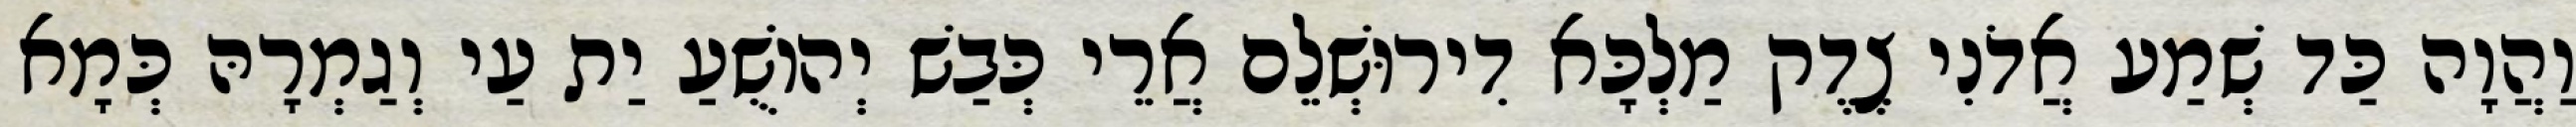
וַהֲוָה כַּד שְׁמַע אֲדֹנִי צֶדֶק מַלְכָּא דִירוּשְׁלֵם אֲרֵי כְּבַשׁ יְהוֹשֻׁעַ יַת עַי וְגַמְרָהּ כְּמָא